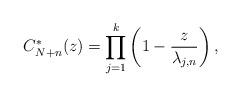
LaTeX: \begin{align*}C_{N+n}^*(z)=\prod_{j=1}^{k}\left(1-\frac{z}{\lambda_{j,n}}\right),\end{align*}